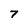
Character: 7